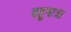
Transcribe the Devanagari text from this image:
बहुमात्रा